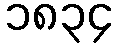
၁၈၃၄